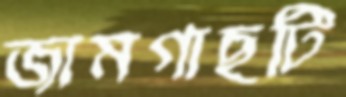
জামগাছটি